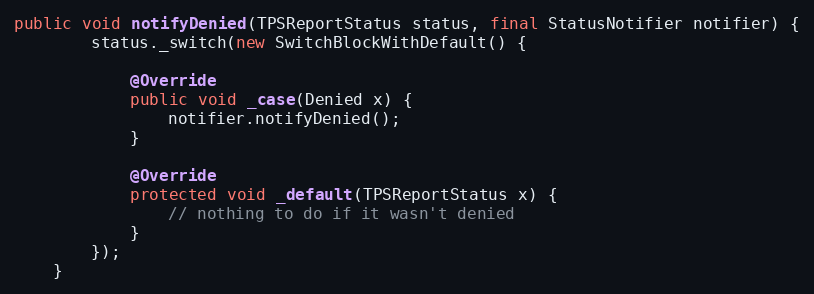
Language: Java
public void notifyDenied(TPSReportStatus status, final StatusNotifier notifier) {
        status._switch(new SwitchBlockWithDefault() {

            @Override
            public void _case(Denied x) {
                notifier.notifyDenied();
            }

            @Override
            protected void _default(TPSReportStatus x) {
                // nothing to do if it wasn't denied
            }
        });
    }